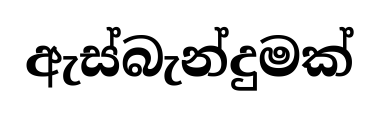
ඇස්බැන්දුමක්